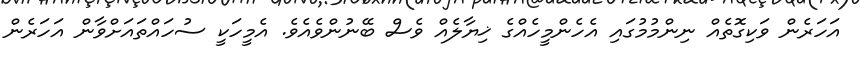
އަހަރެން ވަކިގޮތެއް ނިންމުމުގައި އެހެންމީހެއްގެ ޚިޔާލެއް ވެސް ބޭނުންވެއެވެ. އެމީހަކީ ސުހައްތައަށްވާން އަހަރެން